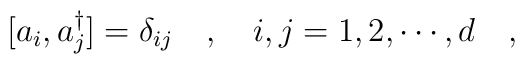
[a_i,a_j^\dagger]=\delta_{ij}\ \ \ ,\ \ \ i,j=1,2,\cdots,d\ \ \ ,